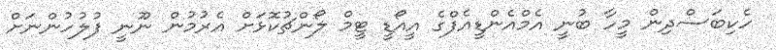
ހެކިބަސްދިން މީހާ ބުނީ އެމްއެންޑީއެފްގެ އީއޯޑީ ޓީމް ލޯންޗުކޮޅަށް އެރުމުން ނޫނީ ފުލުހުންނަށް